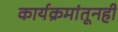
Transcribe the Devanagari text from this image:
कार्यक्रमांतूनही